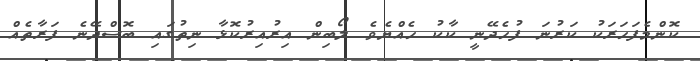
ކޮންމެފަހަރަކު ކަރުނަ ފުހެދޭނީ ކާކު ހެއްޔެވެ ލޯބިން އިރުއިރުކޮޅާ ނިތުގައި ބޮސްދޭނެ ފަރާތެއް